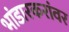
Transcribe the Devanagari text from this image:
भांडारकरांवर